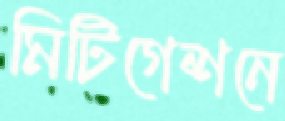
মিটিগেশনে